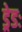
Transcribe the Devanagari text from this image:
ड्रेडः